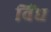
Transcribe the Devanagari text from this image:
विंद्य